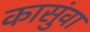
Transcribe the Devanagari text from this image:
कासुंवा